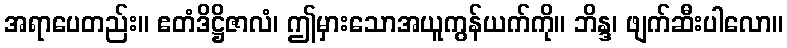
အရာပေတည်း။ ဧတံဒိဋ္ဌိဇာလံ၊ ဤမှားသောအယူကွန်ယက်ကို။ ဘိန္ဒ၊ ဖျက်ဆီးပါလော။